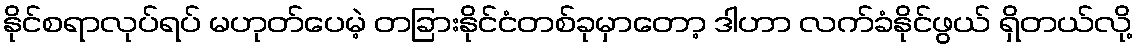
နိုင်စရာလုပ်ရပ် မဟုတ်ပေမဲ့ တခြားနိုင်ငံတစ်ခုမှာတော့ ဒါဟာ လက်ခံနိုင်ဖွယ် ရှိတယ်လို့